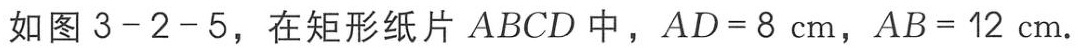
如图 3 - 2 - 5，在矩形纸片 \(ABCD\) 中，\(AD = 8\mathrm{cm}\)，\(AB = 12\mathrm{cm}\).